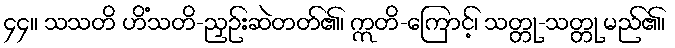
၄၄။ သသတိ ဟိံသတိ-ညှဉ်းဆဲတတ်၏၊ ဣတိ-ကြောင့်၊ သတ္တု-သတ္တု မည်၏၊